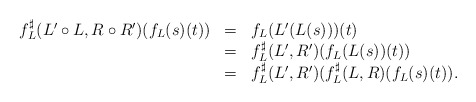
\begin{align*}\begin{array}{lll}f^\sharp_L(L'\circ L,R\circ R')(f_L(s)(t))&=&f_L(L'(L(s)))(t)\\&=&f^\sharp_L(L',R')(f_L(L(s))(t))\\&=&f^\sharp_L(L',R')(f^\sharp_L(L,R)(f_L(s)(t)).\end{array}\end{align*}